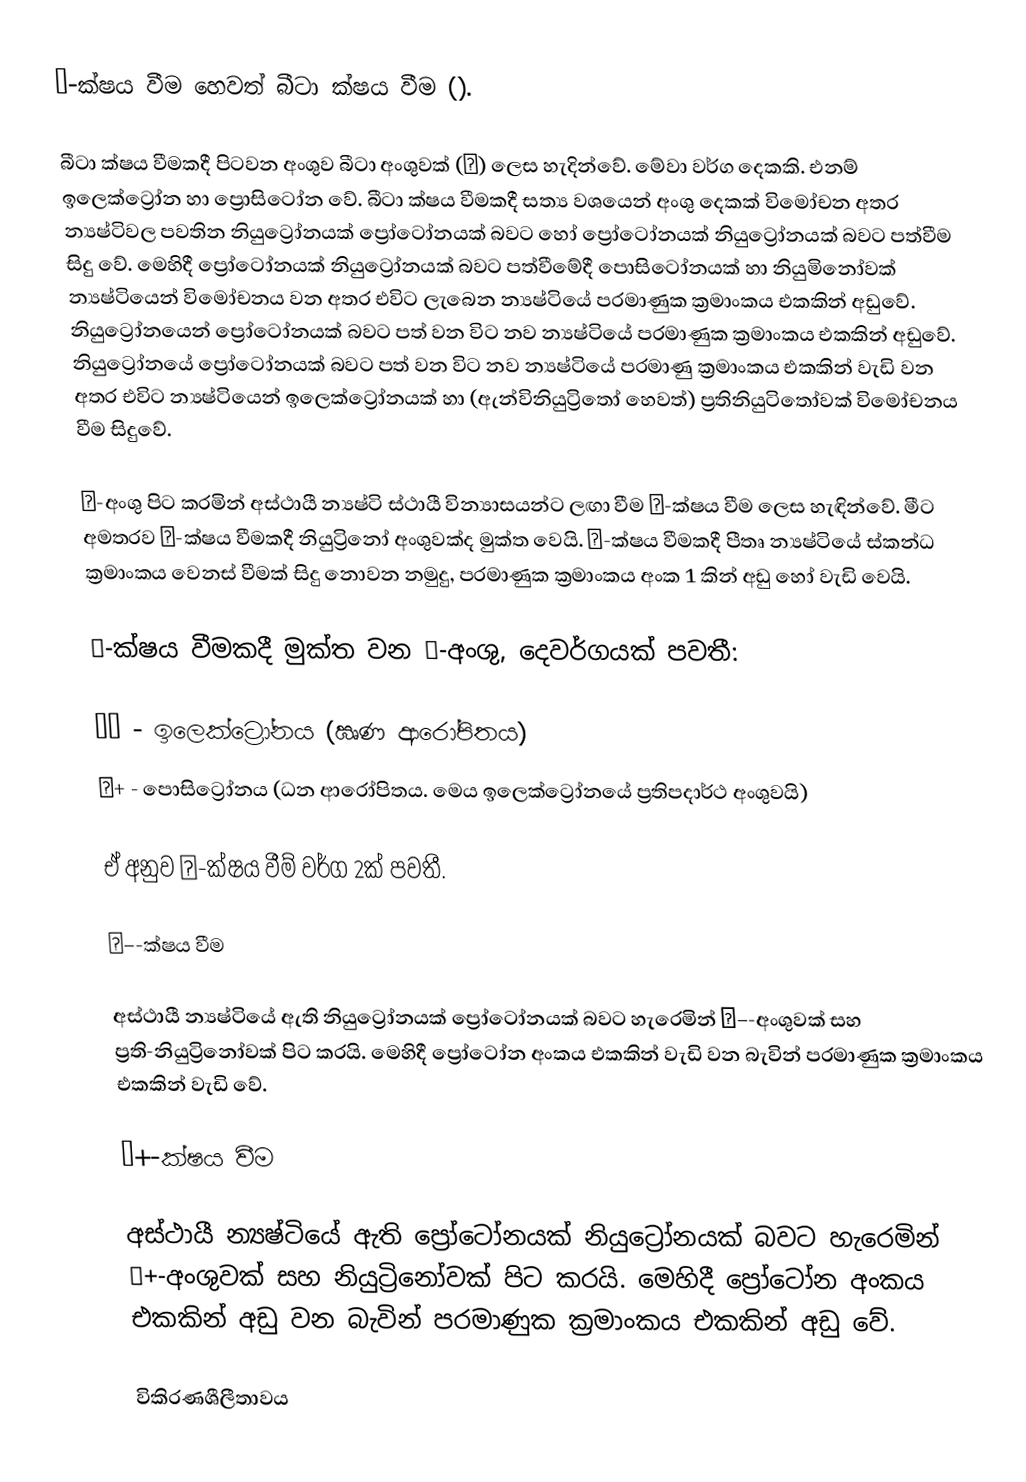
β-ක්ෂය වීම හෙවත් බීටා ක්ෂය වීම ().

බීටා ක්ෂය වීමකදී පිටවන අංශුව බීටා අංශුවක් (β) ලෙස හැදින්වේ. මේවා වර්ග දෙකකි. එනම් ඉලෙක්ට්‍රෝන හා ප්‍රොසිටෝන වේ. බීටා ක්ෂය වීමකදී සත්‍ය වශයෙන් අංශු දෙකක් විමෝචන අතර න්‍යෂ්ටිවල පවතින නියුට්‍රෝනයක් ප්‍රෝටෝනයක් බවට හෝ ප්‍රෝටෝනයක් නියුට්‍රෝනයක් බවට පත්වීම සිදු වේ. මෙ‍හිදී ප්‍රෝටෝනයක් නියුට්‍රෝනයක් බවට පත්වීමේදී පොසිටෝනයක් හා නියුමිනෝවක් න්‍යෂ්ටියෙන් විමෝචනය වන අතර එවිට ලැබෙන න්‍යෂ්ටියේ පරමාණුක ක්‍රමාංකය එකකින් අඩුවේ. නියුට්‍රෝනයෙන් ප්‍රෝටෝනයක් බවට පත් වන විට නව න්‍යෂ්ටියේ පරමාණුක ක්‍රමාංකය එකකින් අඩුවේ. නියුට්‍රෝනයේ ප්‍රෝටෝනයක් බවට පත් වන විට නව න්‍යෂ්ටියේ පරමාණු ක්‍රමාංකය එකකින් වැඩි වන අතර එවිට න්‍යෂ්ටියෙන් ඉලෙක්ට්‍රෝනයක් හා (ඇන්විනියුට්‍රිතෝ හෙවත්) ප්‍රතිනියුටිතෝවක් විමෝචනය වීම සිදුවේ.

β-අංශු පිට කරමින් අස්ථායී න්‍යෂ්ටි ස්ථායී වින්‍යාසයන්ට ලඟා වීම β-ක්ෂය වීම ලෙස හැඳින්වේ. මීට අමතරව β-ක්ෂය වීමකදී නියුට්‍රිනෝ අංශුවක්ද මුක්ත වෙයි.  β-ක්ෂය වීමකදී පීතෘ න්‍යෂ්ටියේ ස්කන්ධ ක්‍රමාංකය වෙනස් වීමක් සිදු නොවන නමුදු, පරමාණුක ක්‍රමාංකය අංක 1 කින් අඩු හෝ වැඩි වෙයි.

β-ක්ෂය වීමකදී මුක්ත වන β-අංශු, දෙවර්ගයක් පවතී:

 β− - ඉලෙක්ට්‍රෝනය (ඍණ ආරෝපිතය)
 β+ - පොසිට්‍රෝනය (ධන ආරෝපිතය. මෙය ඉලෙක්ට්‍රෝනයේ ප්‍රතිපදාර්ථ අංශුවයි)

ඒ අනුව β-ක්ෂය වීම් වර්ග 2ක් පවතී.

β−-ක්ෂය වීම

අස්ථායී න්‍යෂ්ටියේ ඇති නි‍යුට්‍රෝනයක් ප්‍රෝටෝනයක් බවට හැරෙමින් β−-අංශුවක් සහ ප්‍රති-නියුට්‍රිනෝවක් පිට කරයි. මෙහිදී ප්‍රෝටෝන අංකය එකකින් වැඩි වන බැවින් පරමාණුක ක්‍රමාංකය එකකින් වැඩි වේ.

β+-ක්ෂය වීම

අස්ථායී න්‍යෂ්ටියේ ඇති ප්‍රෝටෝනයක් නි‍යුට්‍රෝනයක් බවට හැරෙමින් β+-අංශුවක් සහ නියුට්‍රිනෝවක් පිට කරයි. මෙහිදී ප්‍රෝටෝන අංකය එකකින් අඩු වන බැවින් පරමාණුක ක්‍රමාංකය එකකින් අඩු වේ.

විකිරණශීලීතාවය